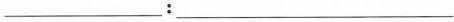
___：___